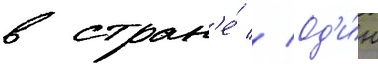
в стран'е́ // Од'и́н